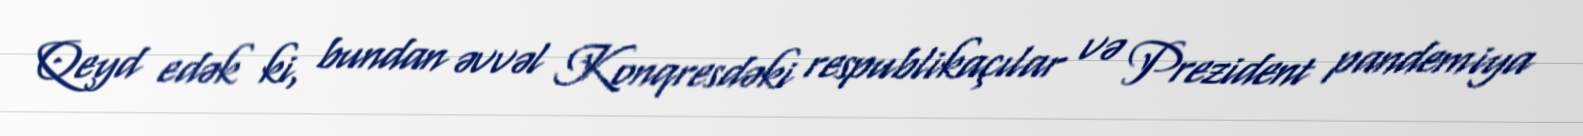
Qeyd edək ki, bundan əvvəl Konqresdəki respublikaçılar və Prezident pandemiya